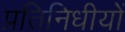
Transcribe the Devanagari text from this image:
प्रतिनिधीयों